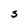
Character: s